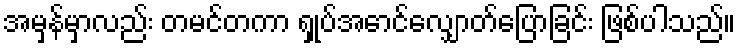
အမှန်မှာလည်း တမင်တကာ ရှုပ်အောင်လျှောတ်ပြောခြင်း ဖြစ်ပါသည်။